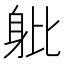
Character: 𨈚